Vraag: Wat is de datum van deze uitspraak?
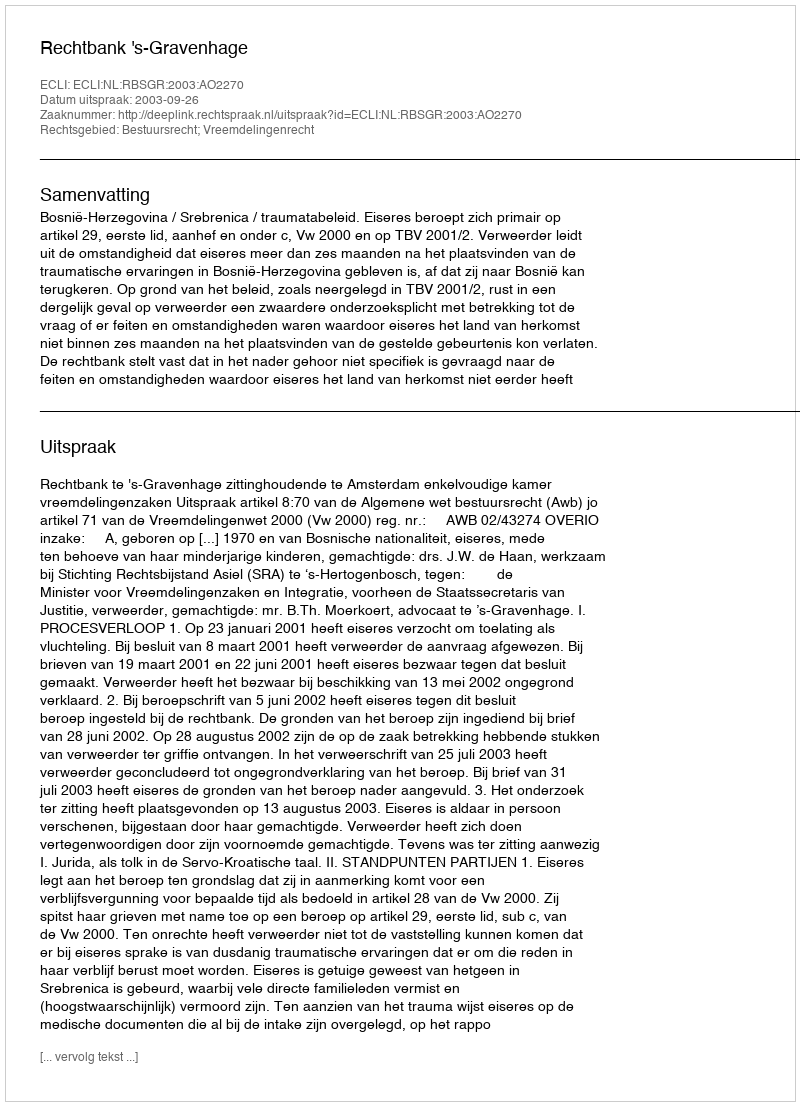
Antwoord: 2003-09-26